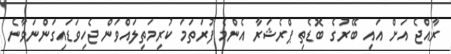
ރާއްޖެ އަށް އައި ބޭރުގެ ބޮޑެތި ޕްރެޝަރާ އެންމެ ފުރަތަމަ ކުރިމަތިލައްވަން ޖެހިވަޑައިގަންނަވާނެ